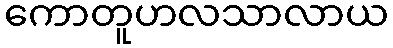
ကောတူဟလသာလာယ